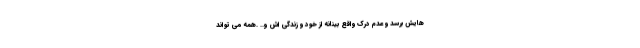
هایش برسد و عدم درک واقع بینانه از خود و زندگی اش و.. .همه می تواند